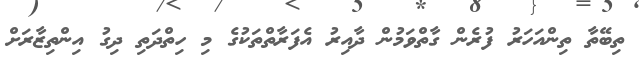
ތިބޭތާ ތިންއަހަރު ފުރެން ގާތްވަމުން ދާއިރު އެފަރާތްތަކުގެ މި ހިތްދަތި ދިގު އިންތިޒާރަށް